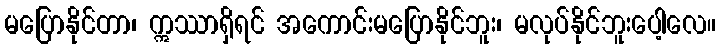
မပြောနိုင်တာ၊ ဣဿာရှိရင် အကောင်းမပြောနိုင်ဘူး၊ မလုပ်နိုင်ဘူးပေါ့လေ။